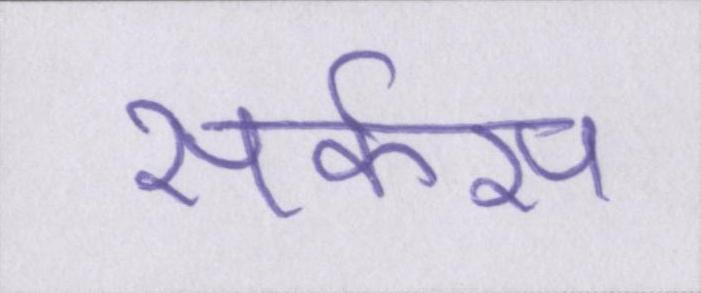
सर्कस